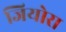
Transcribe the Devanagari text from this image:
जियोरा